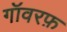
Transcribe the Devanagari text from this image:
गॉवरफ़